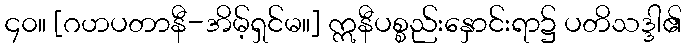
၄၀။ [ဂဟပတာနီ-အိမ့်ရှင်မ။] ဣနီပစ္စည်းနှောင်းရာ၌ ပတိသဒ္ဒါ၏